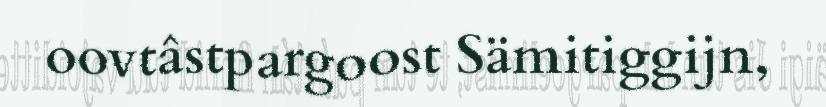
oovtâstpargoost Sämitiggijn,